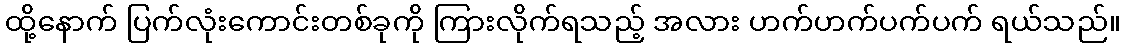
ထို့နောက် ပြက်လုံးကောင်းတစ်ခုကို ကြားလိုက်ရသည့် အလား ဟက်ဟက်ပက်ပက် ရယ်သည်။